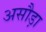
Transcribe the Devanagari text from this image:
असौड़ा